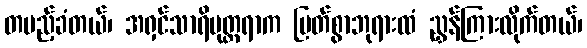
တပည့်ခံတယ်၊ အရှင်သာရိပုတ္တရာက မြတ်စွာဘုရားထံ ညွှန်ကြားလိုက်တယ်၊